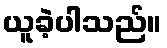
ယူခဲ့ပါသည်။